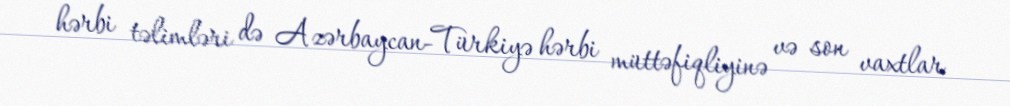
hərbi təlimləri də Azərbaycan-Türkiyə hərbi müttəfiqliyinə və son vaxtlar